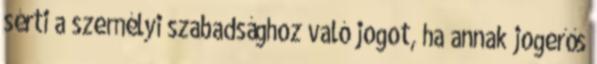
sérti a személyi szabadsághoz való jogot, ha annak jogerős